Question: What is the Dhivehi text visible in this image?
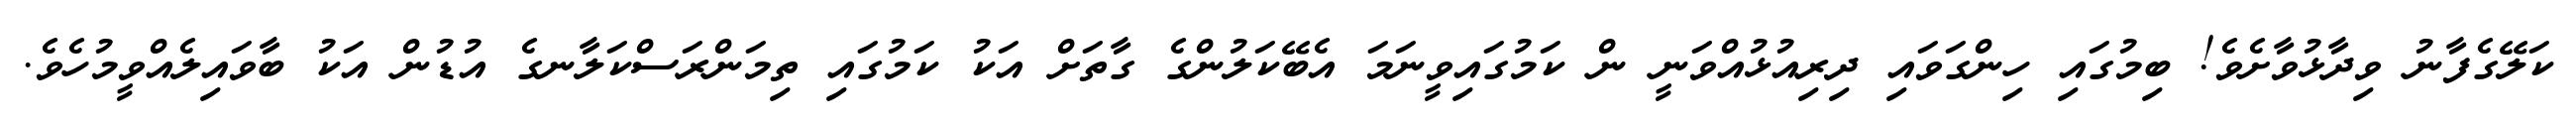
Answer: ކަލޭގެފާނު ވިދާޅުވާށެވެ! ބިމުގައި ހިންގަވައި ދިރިއުޅުއްވަނީ ން ކަމުގައިވީނަމަ އެބޭކަލުންގެ ގާތަށް އަކު ކަމުގައި ތިމަންރަސްކަލާނގެ އުޑުން އަކު ބާވައިލެއްވީމުހެވެ.